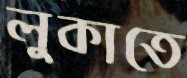
লুকাতে